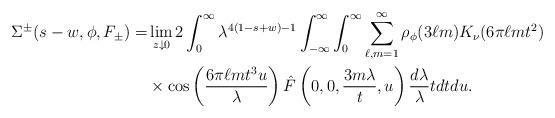
LaTeX: \begin{align*} \Sigma^{\pm}(s-w, \phi, F_{\pm})=&\lim_{z \downarrow 0} 2\int_0^\infty \lambda^{4(1-s+w)-1} \int_{-\infty}^\infty \int_0^\infty \sum_{\ell, m=1}^\infty\rho_\phi(3\ell m) K_\nu(6\pi \ell m t^2) \\ &\times \cos\left(\frac{6\pi \ell m t^3 u}{\lambda}\right) \hat{F}\left(0,0, \frac{3m\lambda}{t}, u\right)\frac{d\lambda}{\lambda} tdt du. \end{align*}